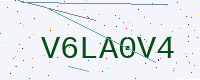
Text: V6LA0V4